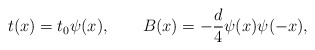
\begin{align*}t(x)=t_{0}\psi(x),\qquad B(x)=-{d\over4}\psi(x)\psi(-x),\end{align*}